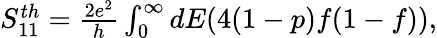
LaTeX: \begin{array}{r}{{S_{11}^{th}}=\frac{2e^{2}}{h}\int_{0}^{\infty}dE(4(1-p)f(1-f)),}\end{array}